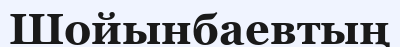
Шойынбаевтың